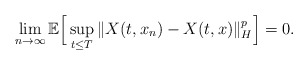
\begin{align*} \lim_{n\rightarrow\infty}\mathbb{E}\Big[ \sup_{t\leq T}\Vert X(t, x_n) - X(t, x) \Vert_H^p \Big] = 0 .\end{align*}